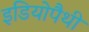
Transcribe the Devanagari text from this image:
इडियोपैथी